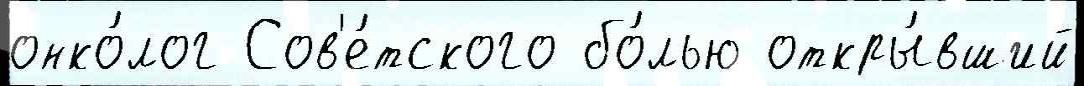
онко́лог Сов'е́тского бо́лью откры́вший